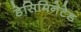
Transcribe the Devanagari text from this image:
डेसिमिनेटेड